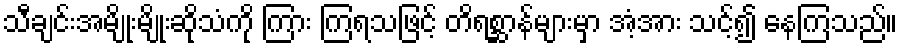
သီချင်းအမျိုးမျိုးဆိုသံကို ကြား ကြရသဖြင့် တိရစ္ဆာန်များမှာ အံ့အား သင့်၍ နေကြသည်။